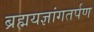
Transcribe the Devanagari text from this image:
ब्रह्मयज्ञांगतर्पण